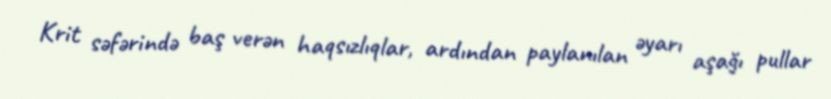
Krit səfərində baş verən haqsızlıqlar, ardından paylanılan əyarı aşağı pullar